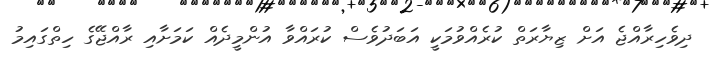
ދިވެހިރާއްޖެ އަށް ޒިޔާރަތް ކުރެއްވުމަކީ އަބަދުވެސް ކުރައްވާ އުންމީދެއް ކަމަށާއި ރާއްޖޭގެ ހިތްގައިމު